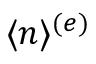
\langle n \rangle ^ { ( e ) }